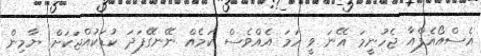
އެސްއޯއެފްއާ ޖެހުނީމަ އޭނަ ވީ ހަމަ އެއްވެސް ކަމެއް ނޭނގޭފަދަ ކުޑަކުއްޖަކަށް. ޔާމިން